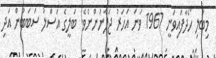
މިބަލި ހޯދާފައިވަނީ 1967 ވަނަ އަހަރު ޖަޕާނުންނެވެ. ބަލީގެ އަސްލު ސަބަބުން އަދި